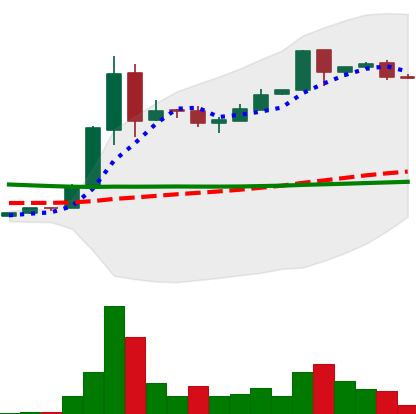
Ticker: DOGE-USD
Chart end date: 2018-09-15
Forward return: -7.624%
Label: down_7plus